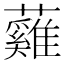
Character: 𧄰